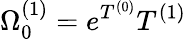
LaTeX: \Omega_{0}^{(1)}=e^{T^{(0)}}T^{(1)}